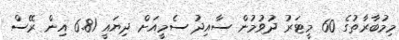
މިމުބާރާތުގެ 60 މީޓަރު ދުވުމުން ސާއިދު ސެމީއަށް ދިޔައީ 6.81 އިން ރޭސް